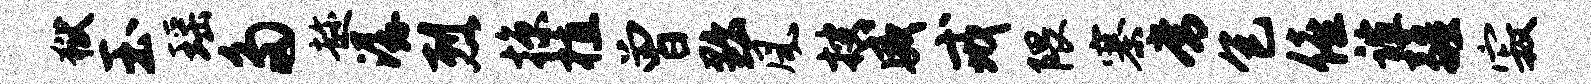
狱玉瑶多趁潺烈掠植曾黜风搜威戒隈寨常包僖谊疆寂